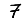
Digit: 7